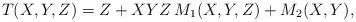
LaTeX: \begin{align*} T(X,Y,Z) = Z + XYZ\, M_1(X,Y,Z) + M_2(X,Y),\end{align*}